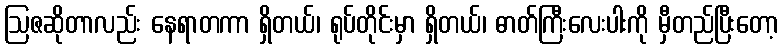
ဩဇဆိုတာလည်း နေရာတကာ ရှိတယ်၊ ရုပ်တိုင်းမှာ ရှိတယ်၊ ဓာတ်ကြီးလေးပါးကို မှီတည်ပြီးတော့